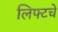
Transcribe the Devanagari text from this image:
लिफ्टचे